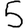
Digit: 5